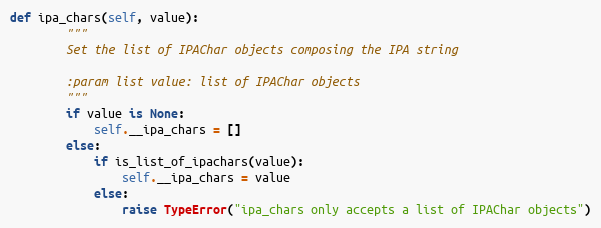
Language: Python
def ipa_chars(self, value):
        """
        Set the list of IPAChar objects composing the IPA string

        :param list value: list of IPAChar objects
        """
        if value is None:
            self.__ipa_chars = []
        else:
            if is_list_of_ipachars(value):
                self.__ipa_chars = value
            else:
                raise TypeError("ipa_chars only accepts a list of IPAChar objects")